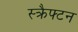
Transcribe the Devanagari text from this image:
स्क्रैफ्टन